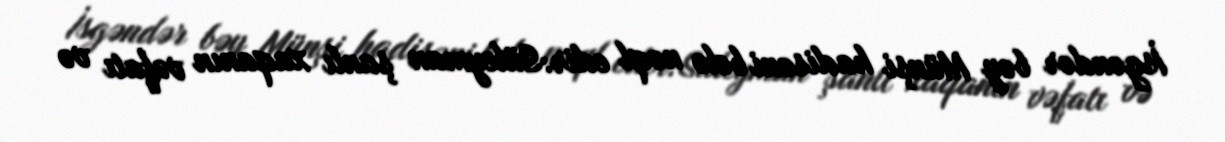
İsgəndər bəy Münşi hadisəni belə nəql edir:Süleyman şanlı xaqanın vəfatı və